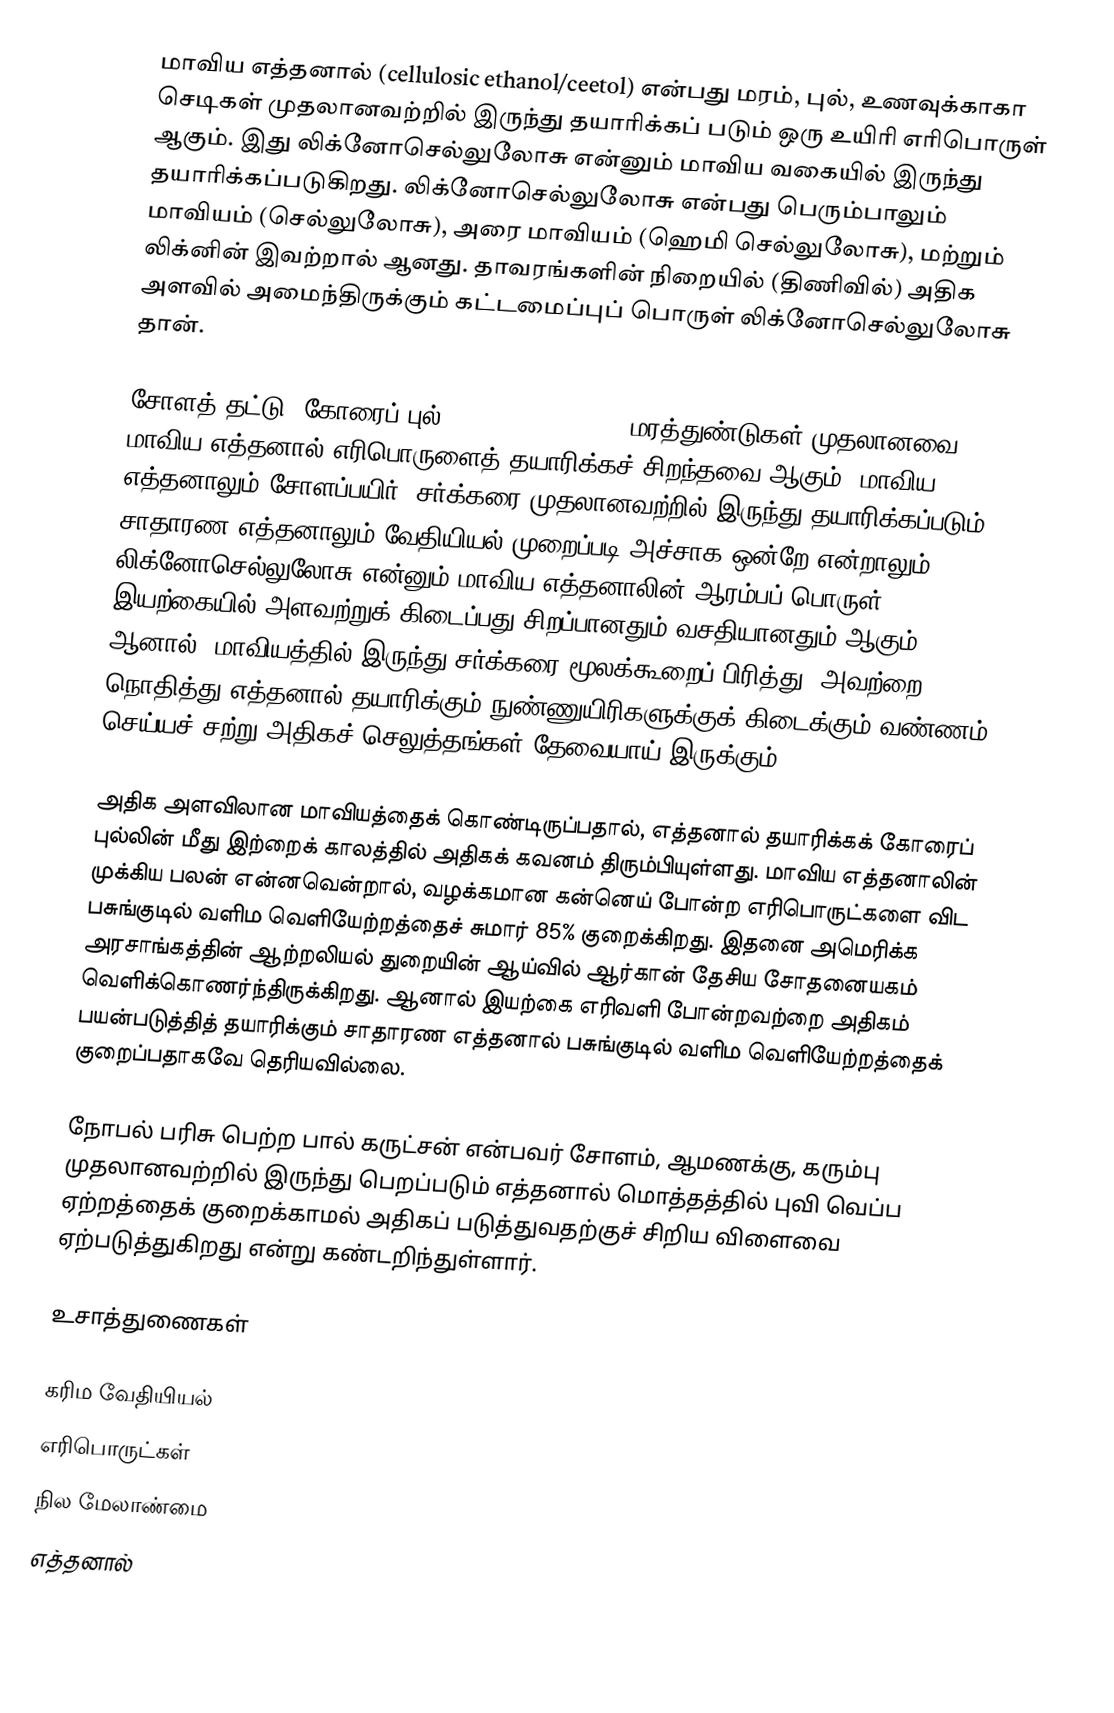
மாவிய எத்தனால் (cellulosic ethanol/ceetol) என்பது மரம், புல், உணவுக்காகா செடிகள் முதலானவற்றில் இருந்து தயாரிக்கப் படும் ஒரு உயிரி எரிபொருள் ஆகும். இது லிக்னோசெல்லுலோசு என்னும் மாவிய வகையில் இருந்து தயாரிக்கப்படுகிறது. லிக்னோசெல்லுலோசு என்பது பெரும்பாலும் மாவியம் (செல்லுலோசு), அரை மாவியம் (ஹெமி செல்லுலோசு), மற்றும் லிக்னின் இவற்றால் ஆனது. தாவரங்களின் நிறையில் (திணிவில்) அதிக அளவில் அமைந்திருக்கும் கட்டமைப்புப் பொருள் லிக்னோசெல்லுலோசு தான்.

சோளத் தட்டு, கோரைப் புல்(?) (switch grass), மரத்துண்டுகள் முதலானவை மாவிய எத்தனால் எரிபொருளைத் தயாரிக்கச் சிறந்தவை ஆகும். மாவிய எத்தனாலும் சோளப்பயிர், சர்க்கரை முதலானவற்றில் இருந்து தயாரிக்கப்படும் சாதாரண எத்தனாலும் வேதியியல் முறைப்படி அச்சாக ஒன்றே என்றாலும், லிக்னோசெல்லுலோசு என்னும் மாவிய எத்தனாலின் ஆரம்பப் பொருள் இயற்கையில் அளவற்றுக் கிடைப்பது சிறப்பானதும் வசதியானதும் ஆகும். ஆனால், மாவியத்தில் இருந்து சர்க்கரை மூலக்கூறைப் பிரித்து, அவற்றை நொதித்து எத்தனால் தயாரிக்கும் நுண்ணுயிரிகளுக்குக் கிடைக்கும் வண்ணம் செய்யச் சற்று அதிகச் செலுத்தங்கள் தேவையாய் இருக்கும்.

அதிக அளவிலான மாவியத்தைக் கொண்டிருப்பதால், எத்தனால் தயாரிக்கக் கோரைப் புல்லின் மீது இற்றைக் காலத்தில் அதிகக் கவனம் திரும்பியுள்ளது. மாவிய எத்தனாலின் முக்கிய பலன் என்னவென்றால், வழக்கமான கன்னெய் போன்ற எரிபொருட்களை விட பசுங்குடில் வளிம வெளியேற்றத்தைச் சுமார் 85% குறைக்கிறது. இதனை அமெரிக்க அரசாங்கத்தின் ஆற்றலியல் துறையின் ஆய்வில் ஆர்கான் தேசிய சோதனையகம் வெளிக்கொணர்ந்திருக்கிறது. ஆனால் இயற்கை எரிவளி போன்றவற்றை அதிகம் பயன்படுத்தித் தயாரிக்கும் சாதாரண எத்தனால் பசுங்குடில் வளிம வெளியேற்றத்தைக் குறைப்பதாகவே தெரியவில்லை.

நோபல் பரிசு பெற்ற பால் கருட்சன் என்பவர் சோளம், ஆமணக்கு, கரும்பு முதலானவற்றில் இருந்து பெறப்படும் எத்தனால் மொத்தத்தில் புவி வெப்ப ஏற்றத்தைக் குறைக்காமல் அதிகப் படுத்துவதற்குச் சிறிய விளைவை ஏற்படுத்துகிறது என்று கண்டறிந்துள்ளார்.

உசாத்துணைகள்

கரிம வேதியியல்
எரிபொருட்கள்
நில மேலாண்மை
எத்தனால்